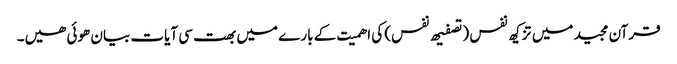
قرآن مجید میں تزکیھ نفس (تصفیھ نفس) کی اھمیت کے بارے میں بھت سی آیات بیان ھوئی ھیں۔